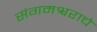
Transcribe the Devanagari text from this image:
संगमश्वराचे